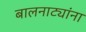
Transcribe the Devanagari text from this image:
बालनाट्यांना